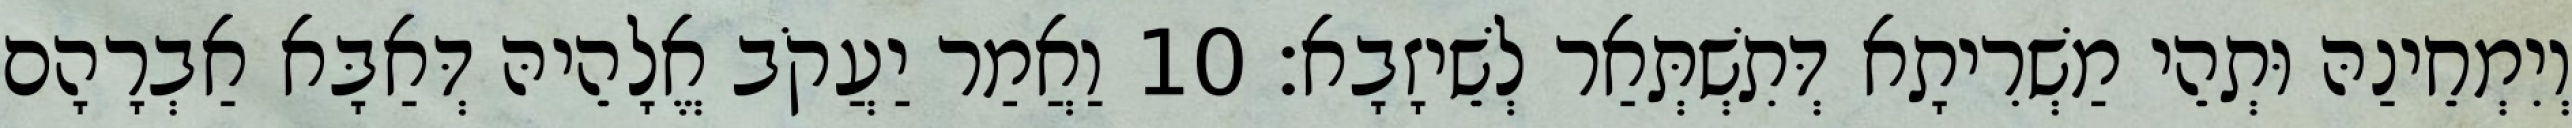
וְיִמְחֵינַהּ וּתְהֵי מַשְׁרִיתָא דְּתִשְׁתְּאַר לְשֵׁיזָבָא׃ 10 וַאֲמַר יַעֲקֹב אֱלָהֵיהּ דְּאַבָּא אַבְרָהָם